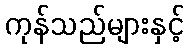
ကုန်သည်များနှင့်